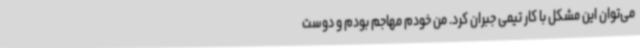
می‌توان این مشکل با کار تیمی جبران کرد. من خودم مهاجم بودم و دوست